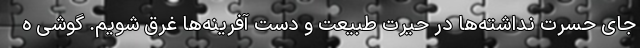
جای حسرت نداشته‌ها در حیرت طبیعت و دست آفرینه‌ها غرق شویم. گوشی ه